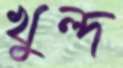
খুল্দ